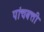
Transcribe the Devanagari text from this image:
पांचबत्ती